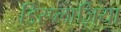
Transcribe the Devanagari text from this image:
डिस्प्लाज़िया